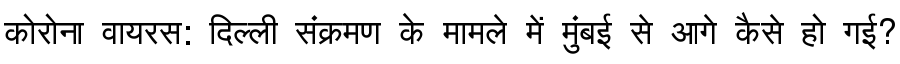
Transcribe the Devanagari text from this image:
कोरोना वायरस: दिल्ली संक्रमण के मामले में मुंबई से आगे कैसे हो गई?